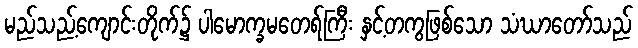
မည်သည့်ကျောင်းတိုက်၌ ပါမောက္ခမတေရ်ကြီး နှင့်တကွဖြစ်သော သံဃာတော်သည်